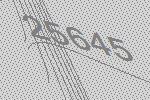
25645